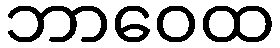
ဘာဝေထ